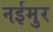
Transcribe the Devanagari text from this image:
नईमुर